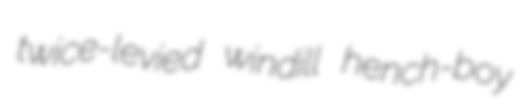
twice-levied windill hench-boy